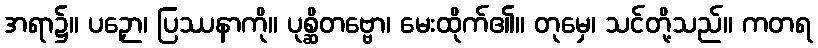
အရာ၌။ ပဉှော၊ ပြဿနာကို။ ပုစ္ဆိတဗ္ဗော၊ မေးထိုက်၏။ တုမှေ၊ သင်တို့သည်။ ကတရ